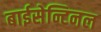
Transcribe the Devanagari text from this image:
बाईसेन्टिनल